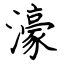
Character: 濠